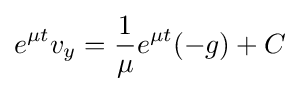
e^{\mu t}v_{y}={\frac {1}{\mu }}e^{\mu t}(-g)+C